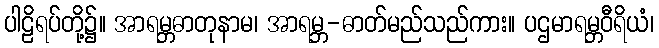
ပါဠိရပ်တို့၌။ အာရမ္ဘဓာတုနာမ၊ အာရမ္ဘ-ဓာတ်မည်သည်ကား။ ပဌမာရမ္ဘဝီရိယံ၊